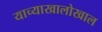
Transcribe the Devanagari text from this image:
याच्याखालोखाल